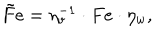
\tilde { F } e = \eta _ { v } ^ { - 1 } \cdot F e \cdot \eta _ { w } ,